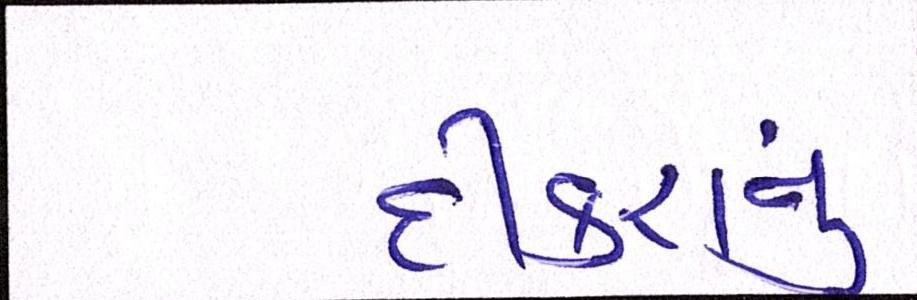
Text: દીકરાનું